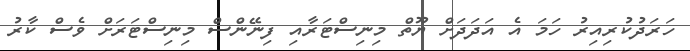
ހަރަދުކުރިއިރު ހަމަ އެ އަދަދަށް ޔޫތް މިނިސްޓަރާއި ފިނޭންސް މިނިސްޓަރަށް ވެސް ކާރު